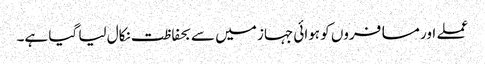
عملے اور مسافروں کو ہوائی جہاز میں سے بحفاظت نکال لیا گیا ہے۔